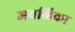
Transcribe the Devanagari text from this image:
जवळिका